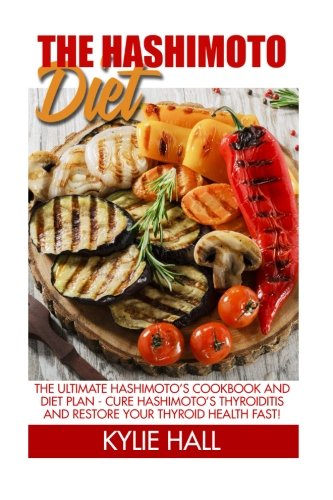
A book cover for The Hashimoto Diet: The Ultimate Hashimoto's Cookbook And Diet Plan - Cure Hashimoto's Thyroiditis And Restore Your Thyroid Health Fast! (Thyroid Diet, Thyroid Cure, Hypothyroidism); Kylie Hall; Health, Fitness & Dieting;